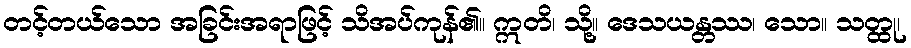
တင့်တယ်သော အခြင်းအရာဖြင့် သိအပ်ကုန်၏။ ဣတိ၊ သို့။ ဒေသယန္တဿ၊ သော။ သတ္ထု၊